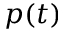
p ( t )